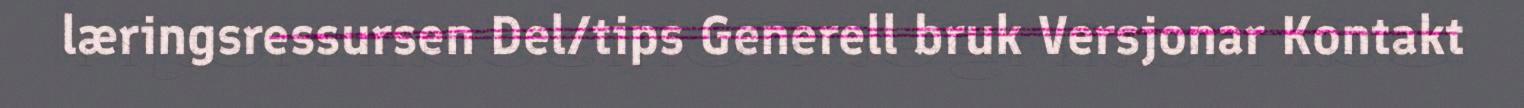
læringsressursen Del/tips Generell bruk Versjonar Kontakt